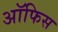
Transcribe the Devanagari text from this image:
अॉफिस